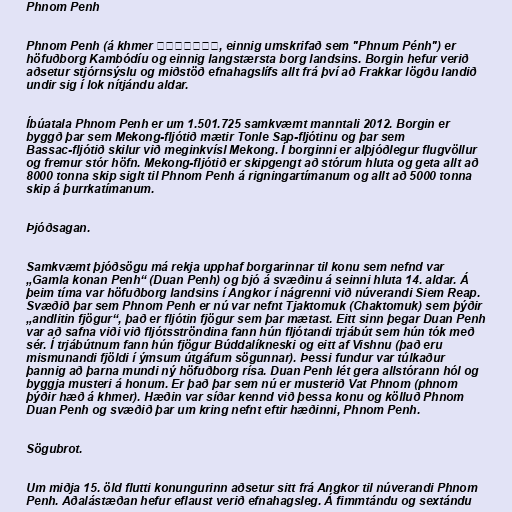
Phnom Penh

Phnom Penh (á khmer ភ្នំពេញ, einnig umskrifað sem "Phnum Pénh") er
höfuðborg Kambódíu og einnig langstærsta borg landsins. Borgin hefur verið
aðsetur stjórnsýslu og miðstöð efnahagslífs allt frá því að Frakkar lögðu landið
undir sig í lok nítjándu aldar.

Íbúatala Phnom Penh er um 1.501.725 samkvæmt manntali 2012. Borgin er
byggð þar sem Mekong-fljótið mætir Tonle Sap-fljótinu og þar sem
Bassac-fljótið skilur við meginkvísl Mekong. Í borginni er alþjóðlegur flugvöllur
og fremur stór höfn. Mekong-fljótið er skipgengt að stórum hluta og geta allt að
8000 tonna skip siglt til Phnom Penh á rigningartímanum og allt að 5000 tonna
skip á þurrkatímanum.

Þjóðsagan.

Samkvæmt þjóðsögu má rekja upphaf borgarinnar til konu sem nefnd var
„Gamla konan Penh“ (Duan Penh) og bjó á svæðinu á seinni hluta 14. aldar. Á
þeim tíma var höfuðborg landsins í Angkor í nágrenni við núverandi Siem Reap.
Svæðið þar sem Phnom Penh er nú var nefnt Tjaktomuk (Chaktomuk) sem þýðir
„andlitin fjögur“, það er fljótin fjögur sem þar mætast. Eitt sinn þegar Duan Penh
var að safna viði við fljótsströndina fann hún fljótandi trjábút sem hún tók með
sér. Í trjábútnum fann hún fjögur Búddalíkneski og eitt af Vishnu (það eru
mismunandi fjöldi í ýmsum útgáfum sögunnar). Þessi fundur var túlkaður
þannig að þarna mundi ný höfuðborg rísa. Duan Penh lét gera allstórann hól og
byggja musteri á honum. Er það þar sem nú er musterið Vat Phnom (phnom
þýðir hæð á khmer). Hæðin var síðar kennd við þessa konu og kölluð Phnom
Duan Penh og svæðið þar um kring nefnt eftir hæðinni, Phnom Penh.

Sögubrot.

Um miðja 15. öld flutti konungurinn aðsetur sitt frá Angkor til núverandi Phnom
Penh. Aðalástæðan hefur eflaust verið efnahagsleg. Á fimmtándu og sextándu